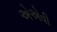
એએવી